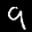
Label: 9